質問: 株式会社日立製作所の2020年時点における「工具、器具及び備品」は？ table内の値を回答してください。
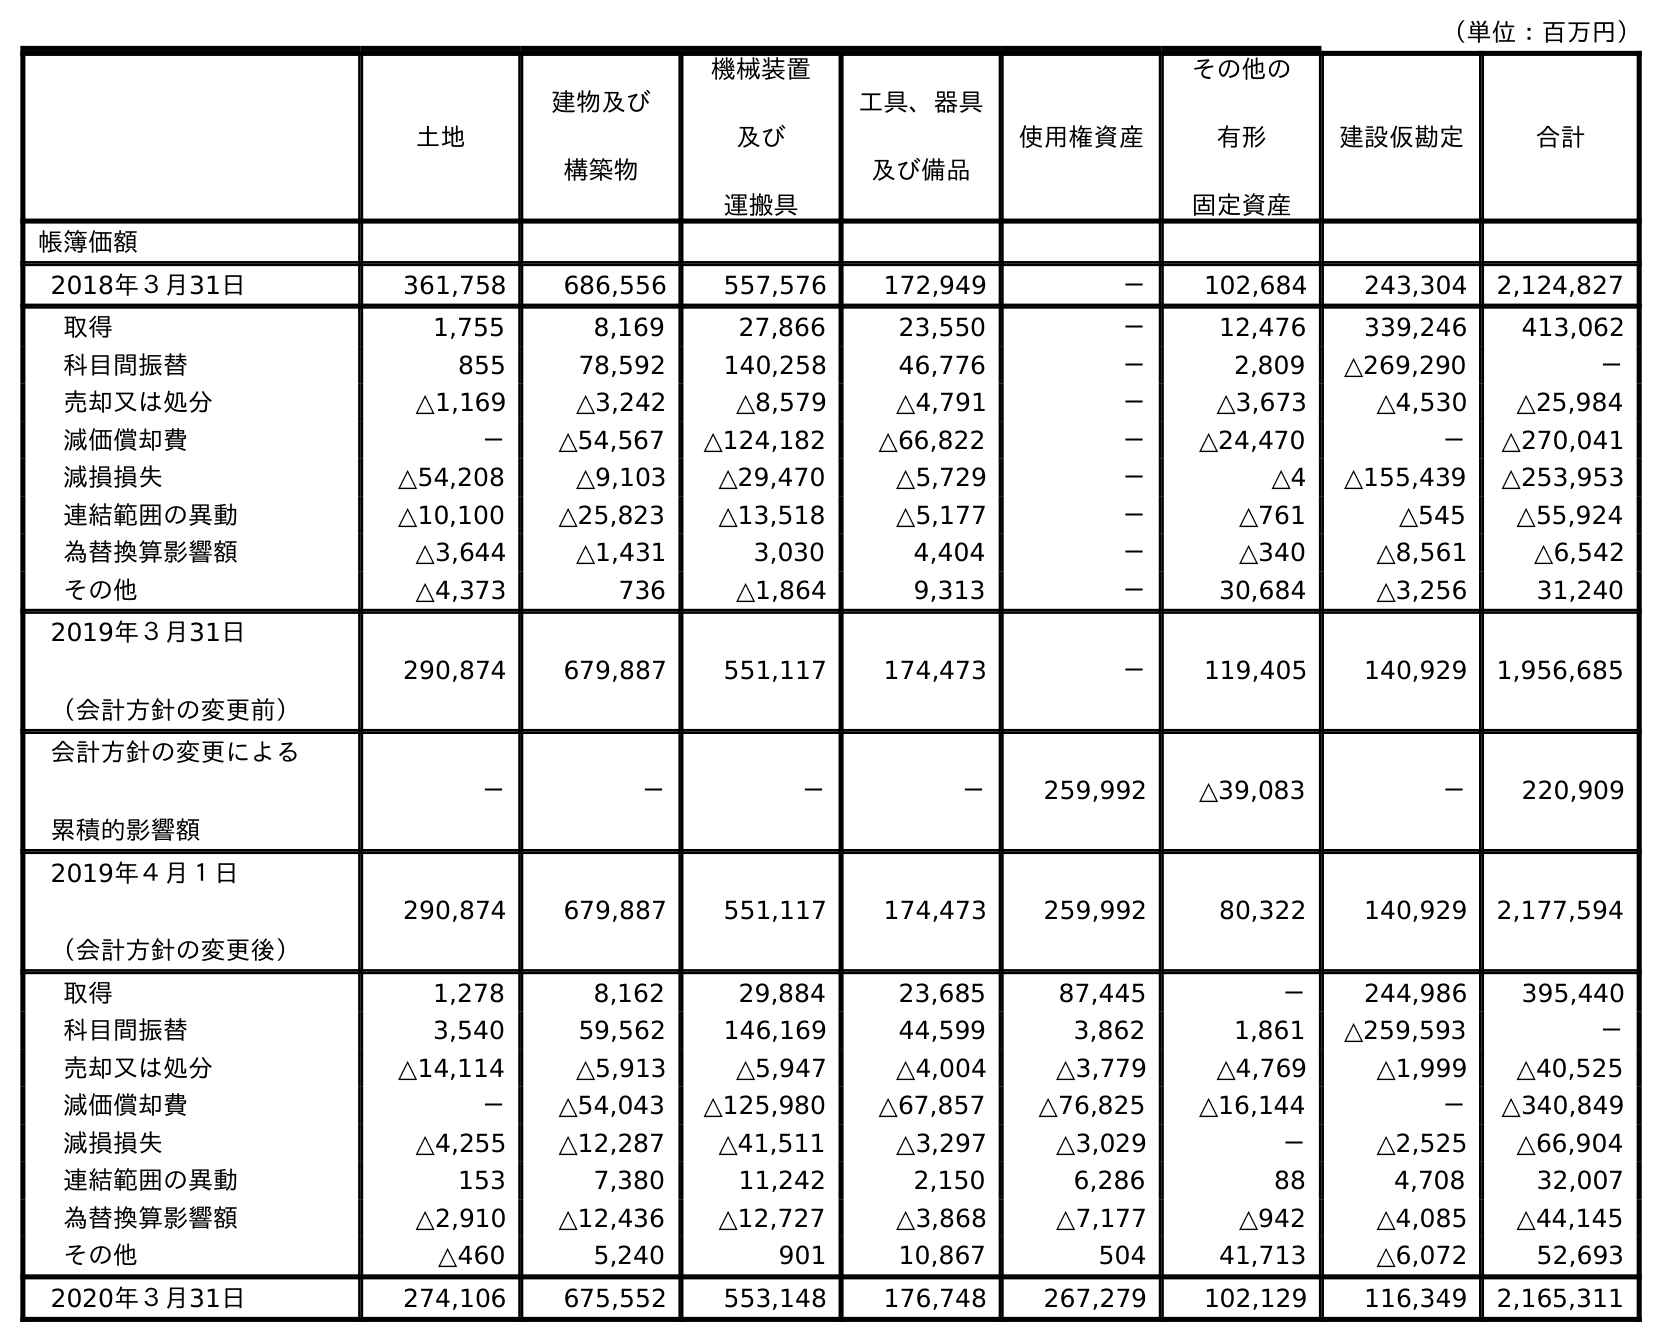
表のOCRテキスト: （単位：百万円） 土地 建物及び 構築物 機械装置 及び 運搬具 工具、器具 及び備品 使用権資産 その他の 有形 固定資産 建設仮勘定 合計 帳簿価額 2018年３月31日 361,758 686,556 557,576 172,949 － 102,684 243,304 2,124,827 取得 1,755 8,169 27,866 23,550 － 12,476 339,246 413,062 科目間振替 855 78,592 140,258 46,776 － 2,809 △269,290 － 売却又は処分 △1,169 △3,242 △8,579 △4,791 － △3,673 △4,530 △25,984 減価償却費 － △54,567 △124,182 △66,822 － △24,470 － △270,041 減損損失 △54,208 △9,103 △29,470 △5,729 － △4 △155,439 △253,953 連結範囲の異動 △10,100 △25,823 △13,518 △5,177 － △761 △545 △55,924 為替換算影響額 △3,644 △1,431 3,030 4,404 － △340 △8,561 △6,542 その他 △4,373 736 △1,864 9,313 － 30,684 △3,256 31,240 2019年３月31日 （会計方針の変更前） 290,874 679,887 551,117 174,473 － 119,405 140,929 1,956,685 会計方針の変更による 累積的影響額 － － － － 259,992 △39,083 － 220,909 2019年４月１日 （会計方針の変更後） 290,874 679,887 551,117 174,473 259,992 80,322 140,929 2,177,594 取得 1,278 8,162 29,884 23,685 87,445 － 244,986 395,440 科目間振替 3,540 59,562 146,169 44,599 3,862 1,861 △259,593 － 売却又は処分 △14,114 △5,913 △5,947 △4,004 △3,779 △4,769 △1,999 △40,525 減価償却費 － △54,043 △125,980 △67,857 △76,825 △16,144 － △340,849 減損損失 △4,255 △12,287 △41,511 △3,297 △3,029 － △2,525 △66,904 連結範囲の異動 153 7,380 11,242 2,150 6,286 88 4,708 32,007 為替換算影響額 △2,910 △12,436 △12,727 △3,868 △7,177 △942 △4,085 △44,145 その他 △460 5,240 901 10,867 504 41,713 △6,072 52,693 2020年３月31日 274,106 675,552 553,148 176,748 267,279 102,129 116,349 2,165,311
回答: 176,748